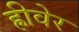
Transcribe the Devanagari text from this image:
ह्रीवेर